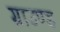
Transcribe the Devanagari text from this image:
ग्राउण्‍ड